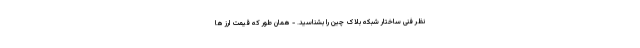
نظر فنی ساختار شبکه بلاک چین را بشناسید. - همان طور که قیمت ارز ها